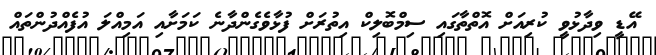
އޭޑީ ވިދާޅުވީ ކުރިއަށް އޮތްތާގައި ސިމްބޮލިކް އިތުރަށް ފުޅާވެގެންދާނެ ކަމަށާއި އަމިއްލަ އުފެއްދުންތައް